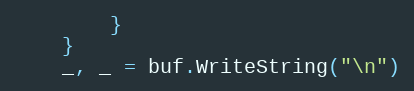
Language: Go
		}
	}
	_, _ = buf.WriteString("\n")